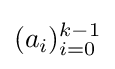
{\textstyle (a_{i})_{i=0}^{k-1}}